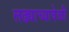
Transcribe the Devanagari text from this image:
लढ्याच्यावेळी